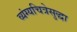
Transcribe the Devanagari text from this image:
व्यंग्यचित्रेसुद्धा